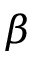
\beta